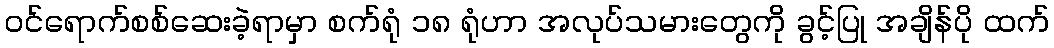
ဝင်ရောက်စစ်ဆေးခဲ့ရာမှာ စက်ရုံ ၁၈ ရုံဟာ အလုပ်သမားတွေကို ခွင့်ပြု အချိန်ပို ထက်